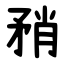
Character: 矟